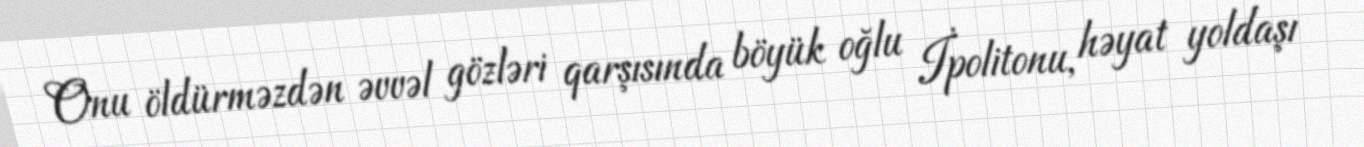
Onu öldürməzdən əvvəl gözləri qarşısında böyük oğlu İpolitonu, həyat yoldaşı